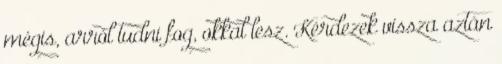
mégis, arról tudni fog, okkal lesz. Kérdezek vissza aztán